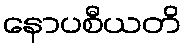
နောပစီယတိ